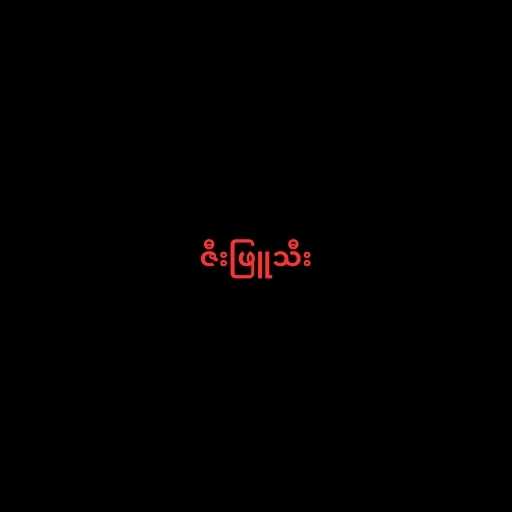
ဇီးဖြူသီး